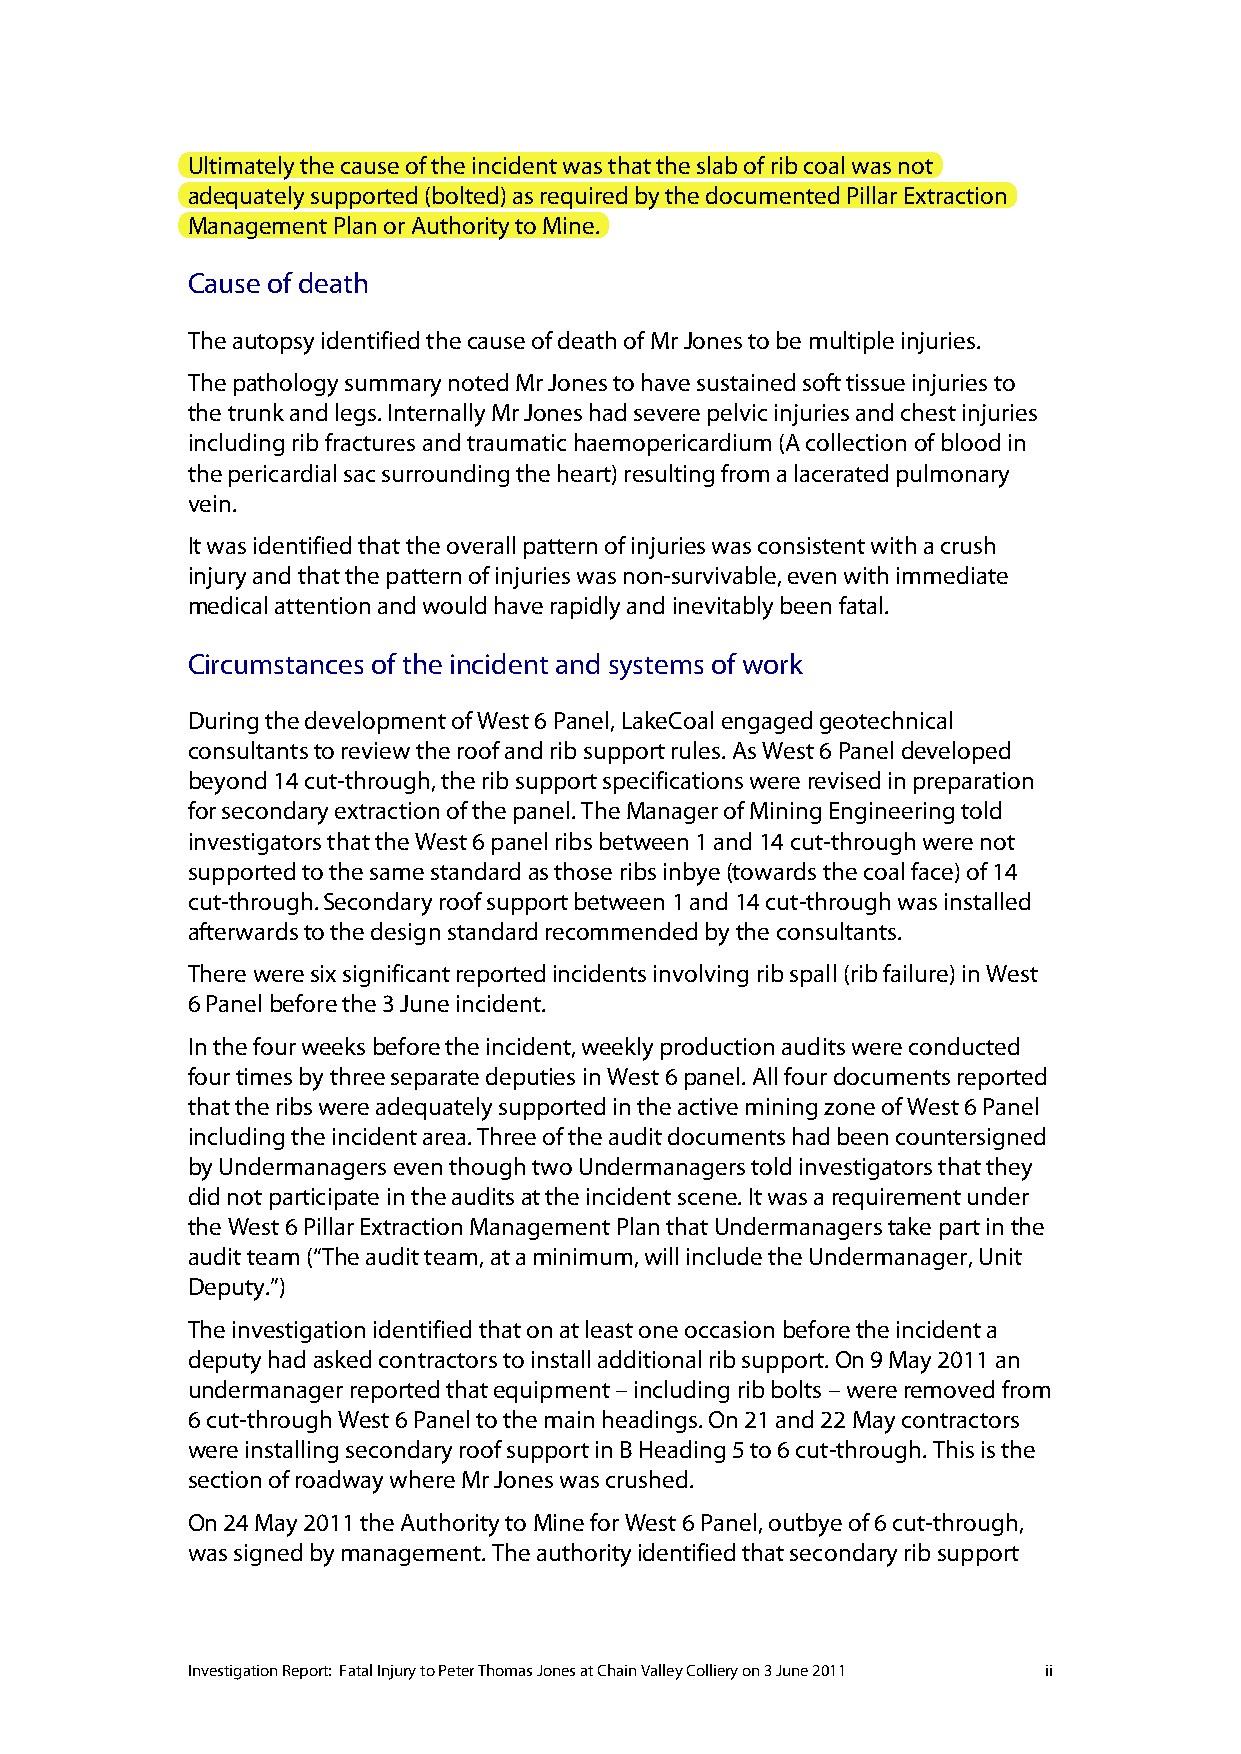
Ultimately the cause of the incident was that the slab of rib coal was not
 adequately supported (bolted) as required by the documented Pillar Extraction
 Management Plan or Authority to Mine.
 Cause of death
 The autopsy identified the cause of death of Mr Jones to be multiple injuries.
 The pathology summary noted Mr Jones to have sustained soft tissue injuries to
 the trunk and legs. Internally Mr Jones had severe pelvic injuries and chest injuries
 including rib fractures and traumatic haemopericardium (A collection of blood in
 the pericardial sac surrounding the heart) resulting from a lacerated pulmonary
 vein.
 It was identified that the overall pattern of injuries was consistent with a crush
 injury and that the pattern of injuries was non-survivable, even with immediate
 medical attention and would have rapidly and inevitably been fatal.
 Circumstances of the incident and systems of work
 During the development of West 6 Panel, LakeCoal engaged geotechnical
 consultants to review the roof and rib support rules. As West 6 Panel developed
 beyond 14 cut-through, the rib support specifications were revised in preparation
 for secondary extraction of the panel. The Manager of Mining Engineering told
 investigators that the West 6 panel ribs between 1 and 14 cut-through were not
 supported to the same standard as those ribs inbye (towards the coal face) of 14
 cut-through. Secondary roof support between 1 and 14 cut-through was installed
 afterwards to the design standard recommended by the consultants.
 There were six significant reported incidents involving rib spall (rib failure) in West
 6 Panel before the 3 June incident.
 In the four weeks before the incident, weekly production audits were conducted
 four times by three separate deputies in West 6 panel. All four documents reported
 that the ribs were adequately supported in the active mining zone of West 6 Panel
 including the incident area. Three of the audit documents had been countersigned
 by Undermanagers even though two Undermanagers told investigators that they
 did not participate in the audits at the incident scene. It was a requirement under
 the West 6 Pillar Extraction Management Plan that Undermanagers take part in the
 audit team (“The audit team, at a minimum, will include the Undermanager, Unit
 Deputy.”)
 The investigation identified that on at least one occasion before the incident a
 deputy had asked contractors to install additional rib support. On 9 May 2011 an
 undermanager reported that equipment – including rib bolts – were removed from
 6 cut-through West 6 Panel to the main headings. On 21 and 22 May contractors
 were installing secondary roof support in B Heading 5 to 6 cut-through. This is the
 section of roadway where Mr Jones was crushed.
 On 24 May 2011 the Authority to Mine for West 6 Panel, outbye of 6 cut-through,
 was signed by management. The authority identified that secondary rib support
 Investigation Report: Fatal Injury to Peter Thomas Jones at Chain Valley Colliery on 3 June 2011 ii